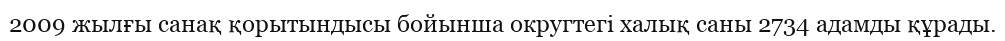
2009 жылғы санақ қорытындысы бойынша округтегі халық саны 2734 адамды құрады.